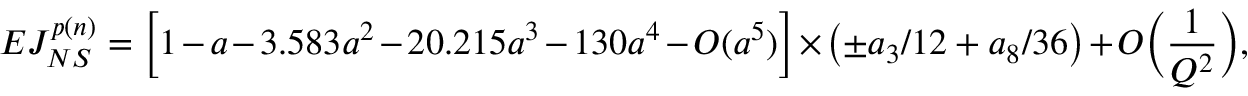
E J _ { N S } ^ { p ( n ) } = \bigg [ 1 - a - 3 . 5 8 3 a ^ { 2 } - 2 0 . 2 1 5 a ^ { 3 } - 1 3 0 a ^ { 4 } - O ( a ^ { 5 } ) \bigg ] \times \left( \pm a _ { 3 } / 1 2 + a _ { 8 } / 3 6 \right) + O \bigg ( \frac { 1 } { Q ^ { 2 } } \bigg ) ,